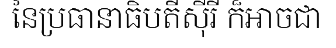
នៃប្រធានាធិបតីស៊ីរី ក៏អាចជា